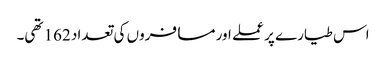
اس طیارے پر عملے اور مسافروں کی تعداد 162 تھی۔